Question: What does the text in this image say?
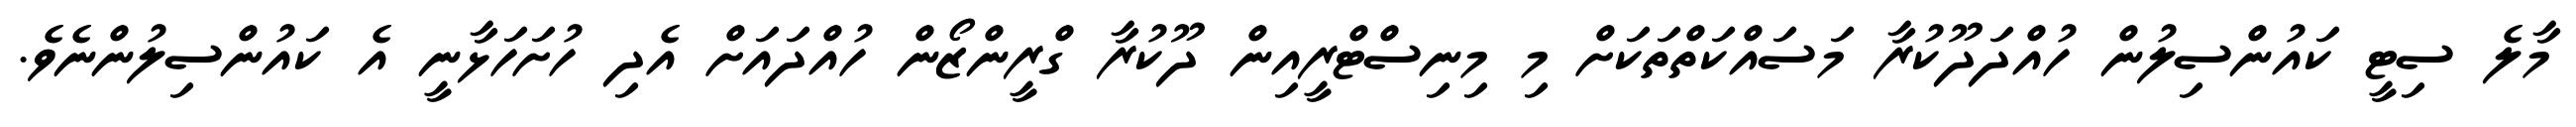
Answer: މާލެ ސިޓީ ކައުންސިލުން ހުއްދަދޫކުރާ މަސައްކަތްތަކަށް މި މިނިސްޓްރީއިން ދޫކުރާ ގްރީންޒޯން ހުއްދައަށް އެދި ހުށަހަޅާނީ އެ ކައުންސިލުންނެވެ.